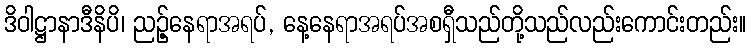
ဒိဝါဋ္ဌာနာဒီနိပိ၊ ညဉ့်နေရာအရပ်, နေ့နေရာအရပ်အစရှီသည်တို့သည်လည်းကောင်းတည်း။